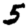
Digit: 5